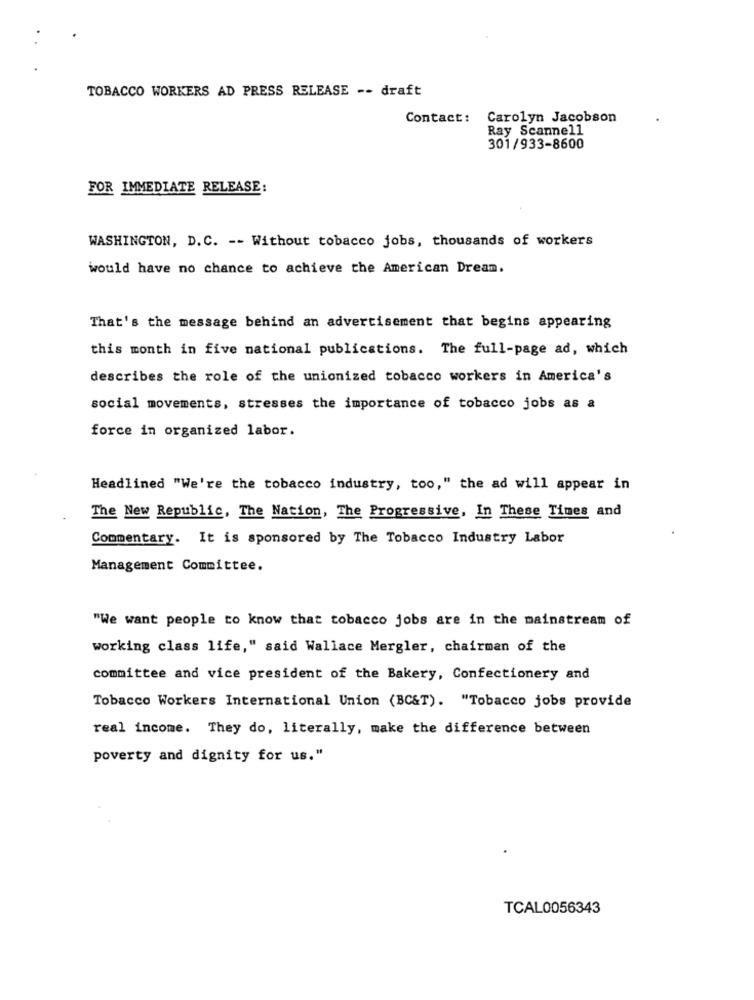
TOBACCO WORKERS AD PRESS RELEASE -- draft
Contact: Carolyn Jacobson
Ray Scannell
301/933-8600
FOR IMMEDIATE RELEASE:
WASHINGTON, D. C. -- Without tobacco jobs, thousands of workers
would have no chance to achieve the American Dream.
That's the message behind an advertisement that begins appearing
this month in five national publications. The full-page ad, which
describes the role of the unionized tobacco workers in America's
social movements, stresses the importance of tobacco jobs as a
force in organized labor.
Headlined "We're the tobacco industry, too," the ad will appear in
The New Republic, The Nation, The Progressive, In These Times and
Commentary. It is sponsored by The Tobacco Industry Labor
Management Committee.
"We want people to know that tobacco jobs are in the mainstream of
working class life," said Wallace Mergler, chairman of the
committee and vice president of the Bakery, Confectionery and
Tobacco Workers International Union (BC&T). "Tobacco jobs provide
real income. They do, literally, make the difference between
poverty and dignity for us."
TCAL0056343